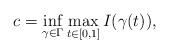
LaTeX: \begin{align*}c=\mathop{\inf}\limits_{\gamma\in\Gamma}\mathop{\max}\limits_{t\in[0,1]}I(\gamma(t)),\end{align*}